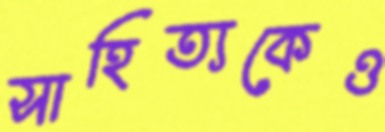
সাহিত্যকেও